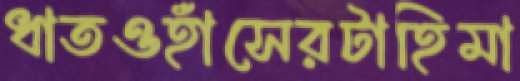
ধাতওহাঁসেরটাহিমা